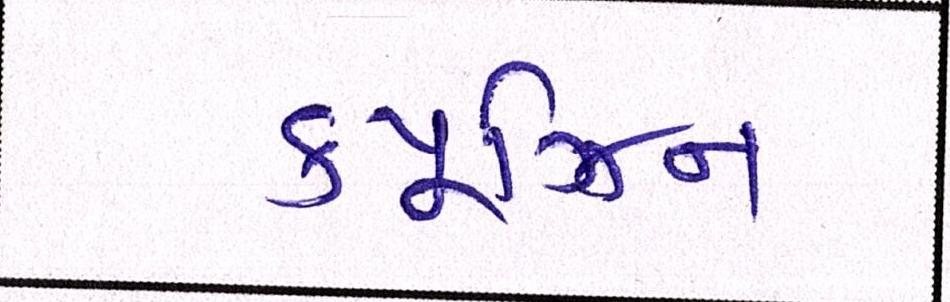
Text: ક્યૂઝિન